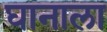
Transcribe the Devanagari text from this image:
घानाला